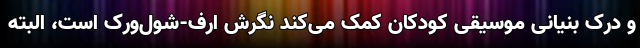
و درک بنیانی موسیقی کودکان کمک می‌کند نگرش اُرف-شول‌ورک است، البته